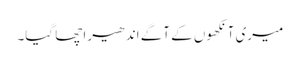
میری آنکھوں کے آگے اندھیرا چھا گیا۔